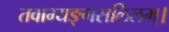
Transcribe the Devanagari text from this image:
तवाभ्यङ्गसलिलम्।